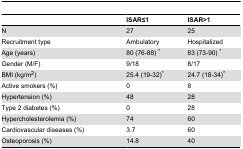
<table><thead><tr><td></td><td><b>ISAR≤1</b></td><td><b>ISAR&gt;1</b></td></tr></thead><tbody><tr><td>N </td><td>27</td><td>25</td></tr><tr><td>Recruitment type</td><td>Ambulatory</td><td>Hospitalized</td></tr><tr><td>Age (years)</td><td>80 (76-88) *</td><td>83 (73-90) *</td></tr><tr><td>Gender (M/F)</td><td>9/18</td><td>8/17</td></tr><tr><td>BMI (kg/m<sup>2</sup>)</td><td>25.4 (19-32)*</td><td>24.7 (18-34)*</td></tr><tr><td>Active smokers (%)</td><td>0</td><td>8</td></tr><tr><td>Hypertension (%)</td><td>48</td><td>28</td></tr><tr><td>Type 2 diabetes (%)</td><td>0</td><td>28</td></tr><tr><td>Hypercholesterolemia (%)</td><td>74</td><td>60</td></tr><tr><td>Cardiovascular diseases (%)</td><td>3.7</td><td>60</td></tr><tr><td>Osteoporosis (%)</td><td>14.8</td><td>40</td></tr></tbody></table>